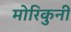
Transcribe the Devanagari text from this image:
मोरिकुनी